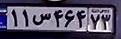
۱۱س۴۶۴۷۳